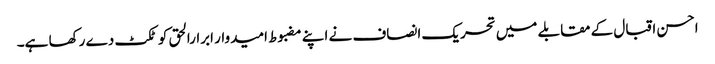
احسن اقبال کے مقابلے میں تحریک انصاف نے اپنے مضبوط امیدوار ابرارالحق کو ٹکٹ دے رکھا ہے۔